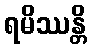
ရမိဿန္တိ